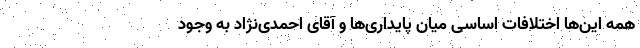
همه این‌ها اختلافات اساسی میان پایداری‌ها و آقای احمدی‌نژاد به وجود